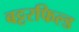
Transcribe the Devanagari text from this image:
बट्टरफिल्ड